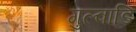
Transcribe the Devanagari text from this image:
गुल्वाडि